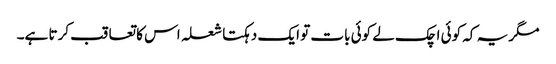
مگر یہ کہ کوئی اچک لے کوئی بات تو ایک دہکتا شعلہ اس کا تعاقب کرتا ہے۔